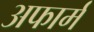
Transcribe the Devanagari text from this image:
अफार्म